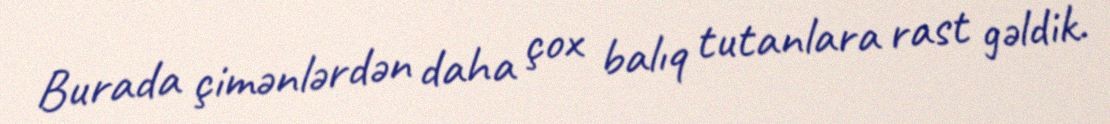
Burada çimənlərdən daha çox balıq tutanlara rast gəldik.